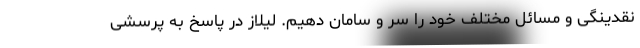
نقدینگی و مسائل مختلف خود را سر و سامان دهیم. لیلاز در پاسخ به پرسشی